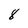
Character: 8